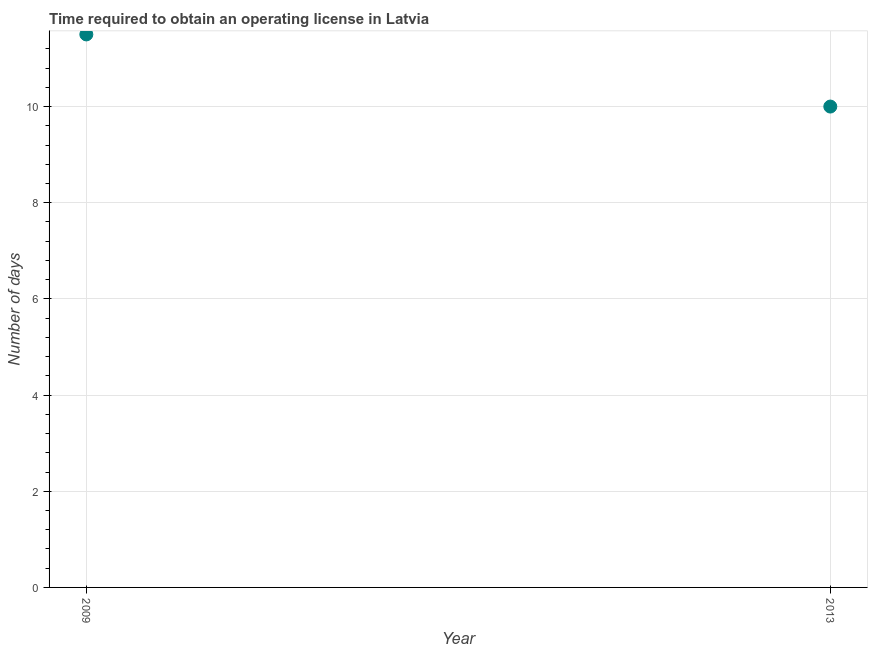
| Year | Obtain operating license |
 | --- | --- |
 | 2009 | 11.5 |
 | 2013 | 10 |